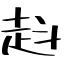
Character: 﨣